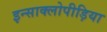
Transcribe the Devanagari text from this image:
इन्साक्लोपीड़िया